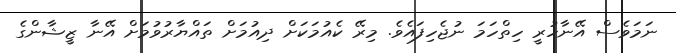
ނަމަވެސް އޭނާހުރީ ހިތްހަމަ ނުޖެހިފައެވެ. މިރޭ ކެއުމަކަށް ދިއުމަށް ތައްޔާރުވުމަށް އޭނާ ޒީޝާންގެ